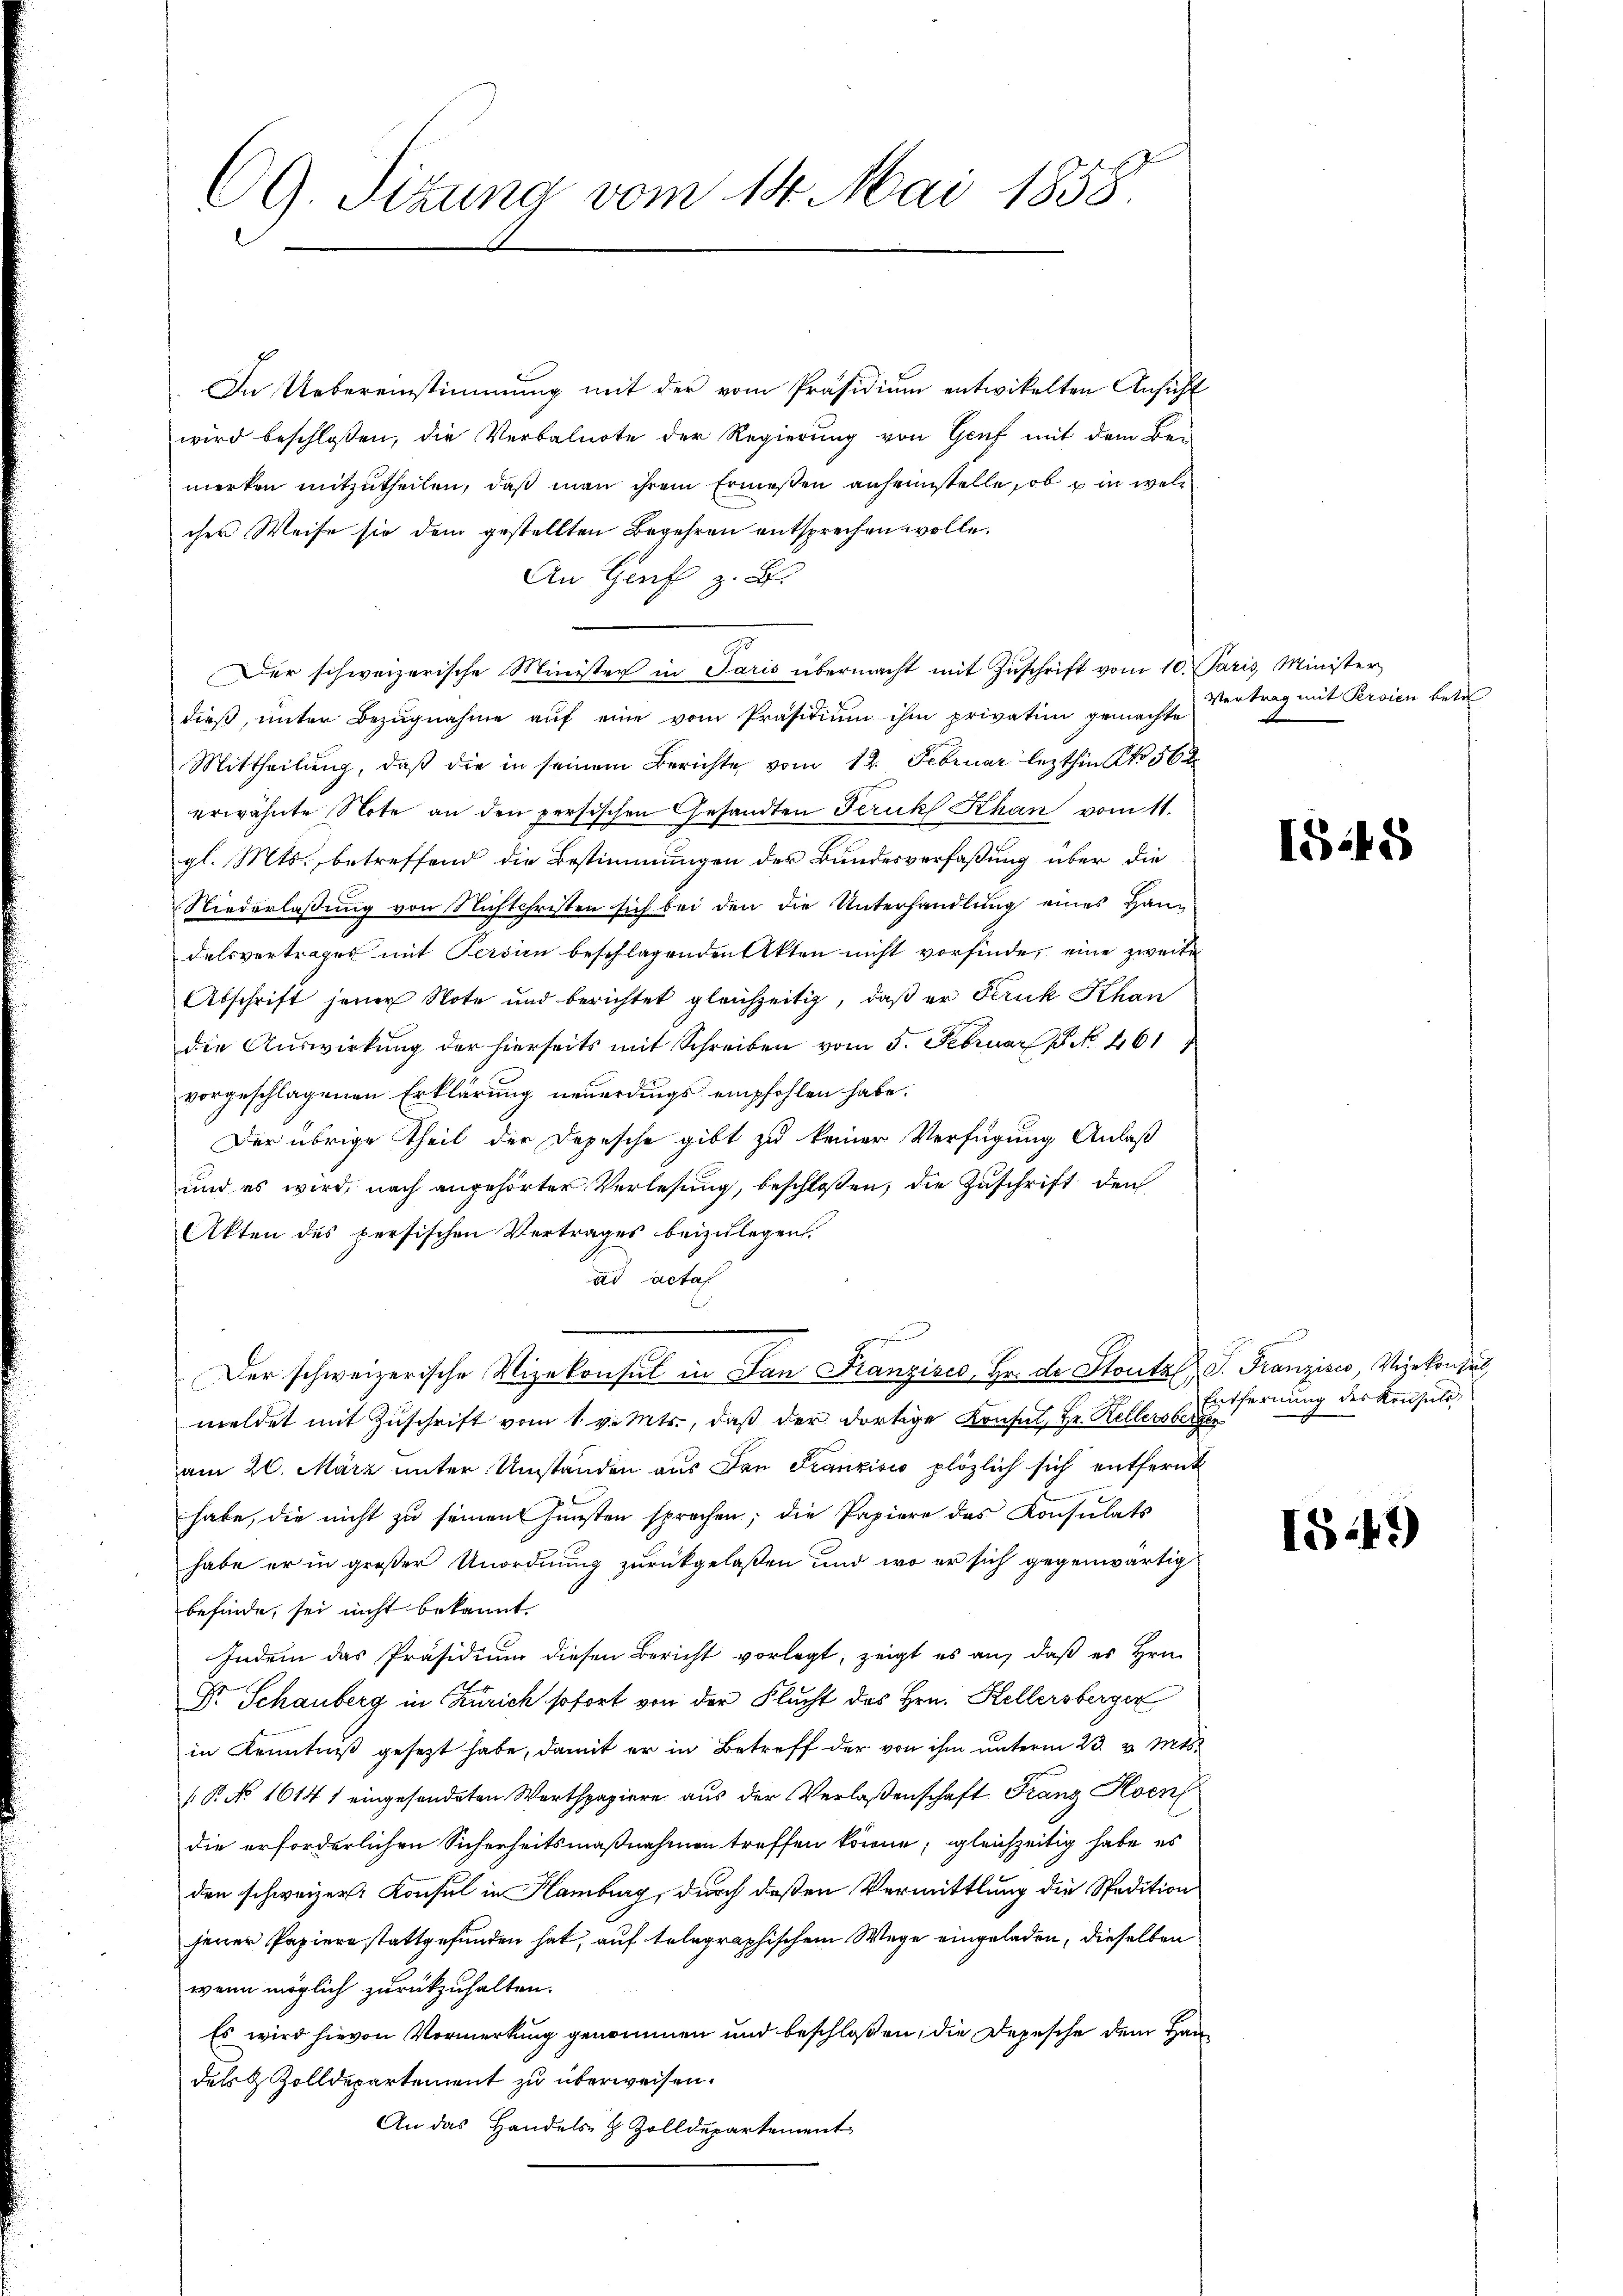
CG. Sitzung vom 14. Mai 1858.

In Uebereinstimmung mit der vom Präsidiŭm entwickelten Ansicht
wird beschloßen, die Verbalnote der Regierung von Genf mit dem Bemerken mitzutheilen, daß man ihrem Ermessen anheimstelle, ob u in welc
cher Weise sie dem gestellten Begehren entsprechen wolle.
An Genf z. B.
Der schweizerische Minister in Paris übermacht mit Zŭschrift vom 10. Paris, Minister
dieß, unter Bezugnahme auf eine vom Präsidium ihm privatim gemachte
Mittheilung, daß die in seinem Berichte vom 12. Februar lezthin No 562
erwähnte Note an den persischen Gesandten Teruk Khan vom 11.
gl. Mts. betreffend die Bestimmungen der Bundesverfaßung über die
Niederlassung von Nichtchriften sich bei den die Unterhandlung eines Hann
delsvertrages mit Persin beschlagenden Akten nicht vorfinde, eine zweite
Abschrift jener Note und berichtet gleichzeitig, daß er Feruk Khan
die Auswirkung der hierseits mit Schreiben vom 5. Februar P. No. 461
vorgeschlagenen Erklärung neuerdings empfohlen habe.
Der übrige Theil der Depesche gibt zu keiner Verfügung Anlaß
und es wird, nach angehörter Verlesung, beschloßen, die Zuschrift den
Akten des persischen Vertrages beizulegen.
ad actat
Der schweizerische Vizekonsul in San Franzisco, Hr. de Stontal S. Franzisco, Vizekonzes
meldet mit Zuschrift vom 1. v. Mts., daß der dortige Konsul, Hr. Kellersberger
am 20. März unter Umständen aus den Franzisco plözlich sich entfernt
habe, die nicht zu seinen hünsten sprachen; die Papiere des Konsulats
habe er in großer Unordnung zurückgelaßen und wo er sich gegenwärtig
befinde, sei nicht bekannt.
Indem das Präsidium diesen Bericht vorlegt, zeigt es auf daß es Hrn.
Dr. Schauberg in Zürich sofort von der Flucht des Hrn. Hellersberger
in Kenntniß gesezt habe, damit er in Betreff der von ihm unterm 23. v. Mts.
 P. No. 1614 1 eingesendeten Werthpapiere aus der Verlaßenschaft Franz Hoen
die erforderlichen Sicherheitsmaßnahmen treffen könne; gleichzeitig habe es
den schweizer. Konsul in Hamburg, durch deßen Vermittlung die Spedition
jener Papiere stattgefunden hat, auf telegraphischem Wege eingeladen, dieselben
wenn möglich zurückzuhalten.
Es wird hievon Vormerkung genommen und beschloßen, die Depesche dem Handels & Zolldepartement zu überweisen.
An das Handels- & Zolldepartement

Vertrag mit Persien betr

1548

Entfernung des Konsuls

IS.49)